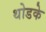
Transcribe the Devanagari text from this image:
थोडके